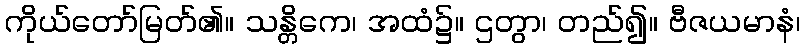
ကိုယ်တော်မြတ်၏။ သန္တိကေ၊ အထံ၌။ ဌတွာ၊ တည်၍။ ဗီဇယမာနံ၊